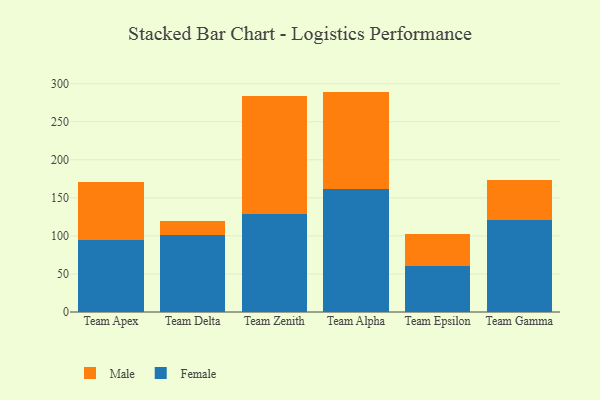
{"axis": {"x": "Team", "y": "Operating Costs (USD K)"}, "legend": ["Female", "Male"], "data": [{"x": "Team Apex", "y": 94.3, "type": "Female"}, {"x": "Team Apex", "y": 76.9, "type": "Male"}, {"x": "Team Delta", "y": 101.3, "type": "Female"}, {"x": "Team Delta", "y": 18.5, "type": "Male"}, {"x": "Team Zenith", "y": 128.7, "type": "Female"}, {"x": "Team Zenith", "y": 155.7, "type": "Male"}, {"x": "Team Alpha", "y": 161.6, "type": "Female"}, {"x": "Team Alpha", "y": 128.0, "type": "Male"}, {"x": "Team Epsilon", "y": 59.8, "type": "Female"}, {"x": "Team Epsilon", "y": 42.8, "type": "Male"}, {"x": "Team Gamma", "y": 120.8, "type": "Female"}, {"x": "Team Gamma", "y": 52.8, "type": "Male"}]}